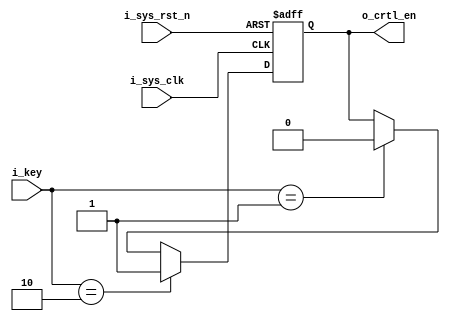
module key_control (
	input i_sys_clk,
	input i_sys_rst_n,
	
	input  [1:0] 	i_key,
	output reg		o_crtl_en
);

always @ (posedge i_sys_clk or negedge i_sys_rst_n)
begin
	if (~i_sys_rst_n)
		o_crtl_en <= 0;
	else if (i_key == 2'b10)
		o_crtl_en <= 1;
	else if (i_key == 2'b01)
		o_crtl_en <= 0;	
	else 
		o_crtl_en <= o_crtl_en;
end

endmodule